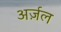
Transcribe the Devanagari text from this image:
अर्ज़ल